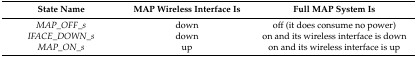
| State Name | MAP Wireless Interface Is | Full MAP System Is |
 | --- | --- | --- |
 | MAP_OFF_s | down | off (it does consume no power) |
 | IFACE_DOWN_s | down | on and its wireless interface is down |
 | MAP_ON_s | up | on and its wireless interface is up |